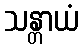
သန္တာယံ